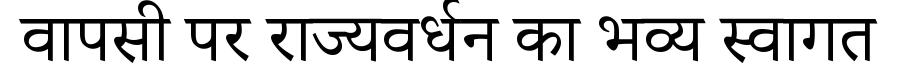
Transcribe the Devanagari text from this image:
वापसी पर राज्यवर्धन का भव्य स्वागत